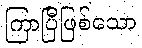
ကြာပြီဖြစ်သော